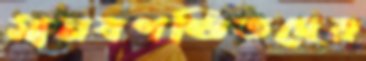
মানবপণ্ডিতদের